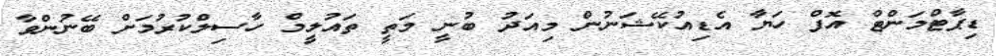
ޑިޕާޓްމަންޓް އޮފް ހަޔާ އެޑިއުކޭޝަނުން މިއަދު ބުނީ މަތީ ތައުލީމް ހާސިލްކުރުމަށް ބޭނުންވާ